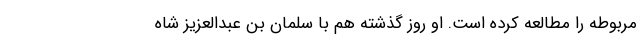
مربوطه را مطالعه کرده است. او روز گذشته هم با سلمان بن عبدالعزیز شاه